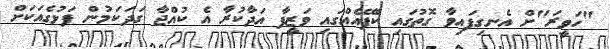
"ހަވީރަ"ށް އެނގިފައިވާ ގޮތުގައި ކެފޭއެއްގައި ވަޒީފާ އަދާކުރާ އެ ކުއްޖާ ގަދަކަމުން ފަޅުގެއަކަށް